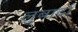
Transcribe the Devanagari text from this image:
लुबार्दा